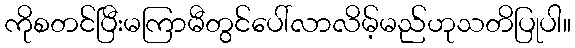
ကိုစတင်ပြီးမကြာမီတွင်ပေါ်လာလိမ့်မည်ဟုသတိပြုပါ။